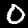
Label: 0